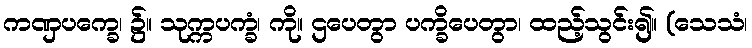
ကဏှပက္ခေ၊ ၌။ သုက္ကပက္ခံ၊ ကို။ ဌပေတွာ ပက္ခိပေတွာ၊ ထည့်သွင်း၍။ (သေသံ၊